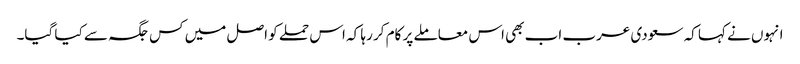
انہوں نے کہا کہ سعودی عرب اب بھی اس معاملے پر کام کر رہا کہ اس حملے کو اصل میں کس جگہ سے کیا گیا۔